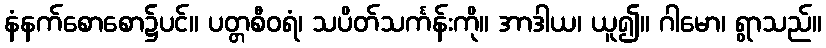
နံနက်စောစော၌ပင်။ ပတ္တစီဝရံ၊ သပိတ်သင်္ကန်းကို။ အာဒါယ၊ ယူ၍။ ဂါမော၊ ရွာသည်။